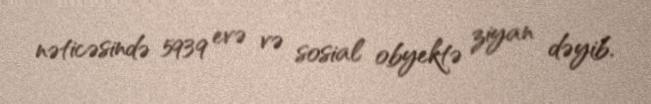
nəticəsində 5939 evə və sosial obyektə ziyan dəyib.